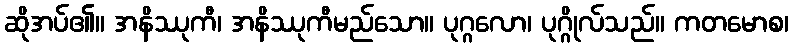
ဆိုအပ်၏။ အနိဿုကီ၊ အနိဿုကီမည်သော။ ပုဂ္ဂလော၊ ပုဂ္ဂိုလ်သည်။ ကတမောစ၊